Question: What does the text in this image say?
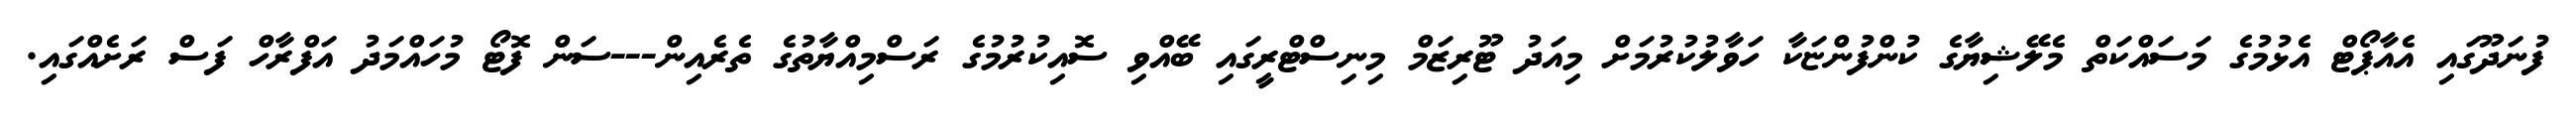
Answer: ފުނަދޫގައި އެއާޕޯޓް އެޅުމުގެ މަސައްކަތް މެލޭޝިޔާގެ ކުންފުންޏަކާ ހަވާލުކުރުމަށް މިއަދު ޓޫރިޒަމް މިނިސްޓްރީގައި ބޭއްވި ސޮއިކުރުމުގެ ރަސްމިއްޔާތުގެ ތެރެއިން---ސަން ފޮޓޯ މުހައްމަދު އަފްރާހް ފަސް ރަށެއްގައި.